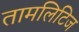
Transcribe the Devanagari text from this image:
तामलिटिज